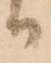
る